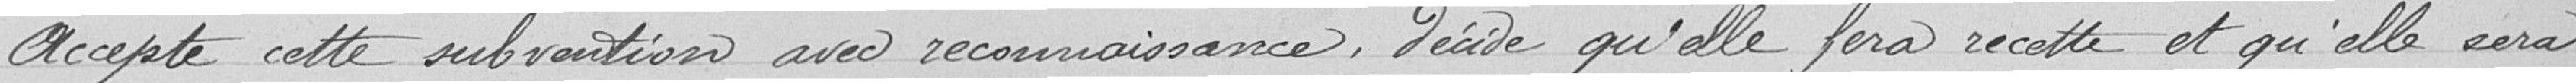
Accepte cette subvention avec reconnaissance, décide qu'elle fera recette et qu'elle sera